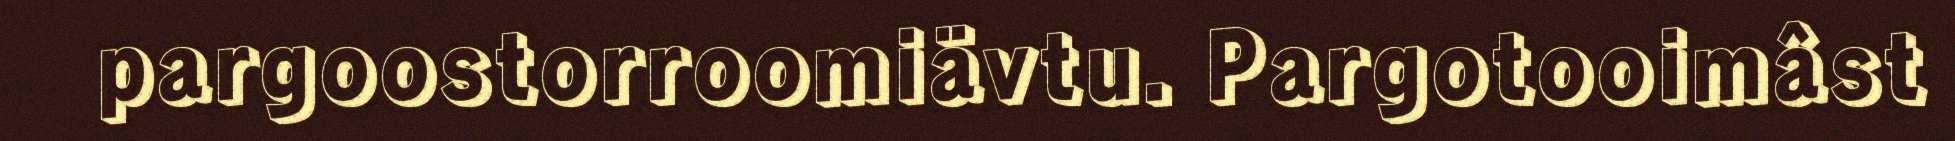
pargoostorroomiävtu. Pargotooimâst